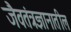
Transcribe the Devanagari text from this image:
जैवतंत्रज्ञानातील